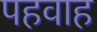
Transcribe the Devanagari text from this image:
पहवाह